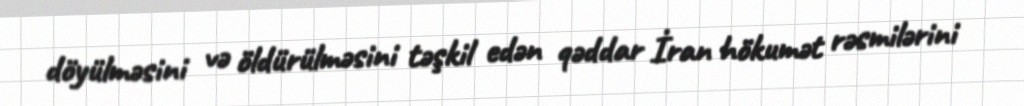
döyülməsini və öldürülməsini təşkil edən qəddar İran hökumət rəsmilərini